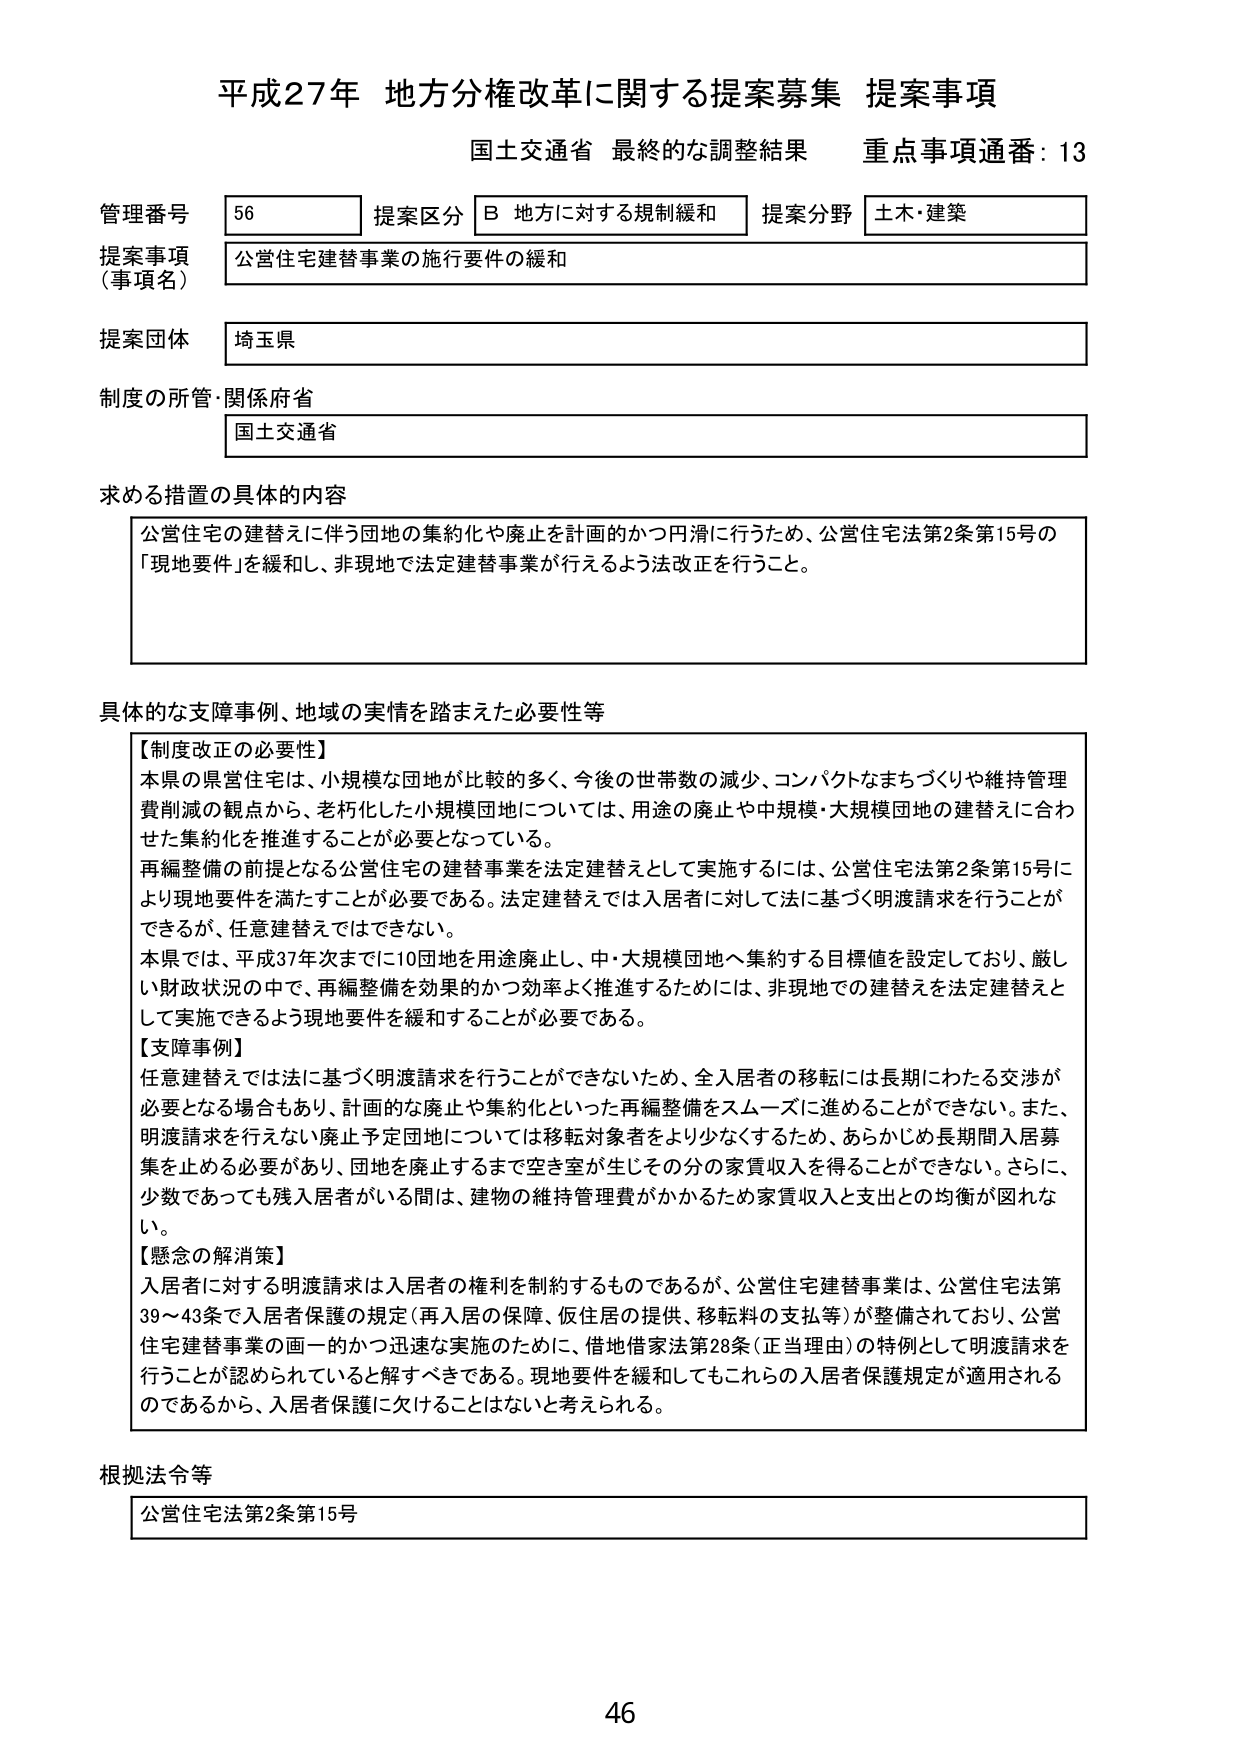
平成27年 地方分権改革に関する提案募集 提案事項
国土交通省 最終的な調整結果 重点事項通番：13

管理番号 56 提案区分 B 地方に対する規制緩和 提案分野 土木・建築
提案事項（事項名） 公営住宅建替事業の施行要件の緩和
提案団体 埼玉県
制度の所管・関係府省 国土交通省

求める措置の具体的内容
公営住宅の建替えに伴う団地の集約化や廃止を計画的かつ円滑に行うため、公営住宅法第2条第15号の「現地要件」を緩和し、非現地で法定建替事業が行えるよう法改正を行うこと。

具体的な支障事例、地域の実情を踏まえた必要性等
【制度改正の必要性】
本県の県営住宅は、小規模な団地が比較的多く、今後の世帯数の減少、コンパクトなまちづくりや維持管理費削減の観点から、老朽化した小規模団地については、用途の廃止や中規模・大規模団地の建替えに合わせた集約化を推進することが必要となっている。
再編整備の前提となる公営住宅の建替事業を法定建替えとして実施するには、公営住宅法第2条第15号により現地要件を満たすことが必要である。法定建替えでは入居者に対して法に基づく明渡請求を行うことができるが、任意建替えではできない。
本県では、平成37年次までに10団地を用途廃止し、中・大規模団地へ集約する目標値を設定しており、厳しい財政状況の中で、再編整備を効果的かつ効率よく推進するためには、非現地での建替えを法定建替えとして実施できるよう現地要件を緩和することが必要である。

【支障事例】
任意建替えでは法に基づく明渡請求を行うことができないため、全入居者の移転には長期にわたる交渉が必要となる場合もあり、計画的な廃止や集約化といった再編整備をスムーズに進めることができない。また、明渡請求を行えない廃止予定団地については移転対象者をより少なくするため、あらかじめ長期間入居募集を止める必要があり、団地を廃止するまで空き室が生じその分の家賃収入を得ることができない。さらに、少数であっても残入居者がいる間は、建物の維持管理費がかかるため家賃収入と支出との均衡が図れない。

【懸念の解消策】
入居者に対する明渡請求は入居者の権利を制約するものであるが、公営住宅建替事業は、公営住宅法第39～43条で入居者保護の規定（再入居の保障、仮住居の提供、移転料の支払等）が整備されており、公営住宅建替事業の画一的かつ迅速な実施のために、借地借家法第28条（正当理由）の特例として明渡請求を行うことが認められていると解すべきである。現地要件を緩和してもこれらの入居者保護規定が適用されるのであるから、入居者保護に欠けることはないと考えられる。

根拠法令等
公営住宅法第2条第15号

46